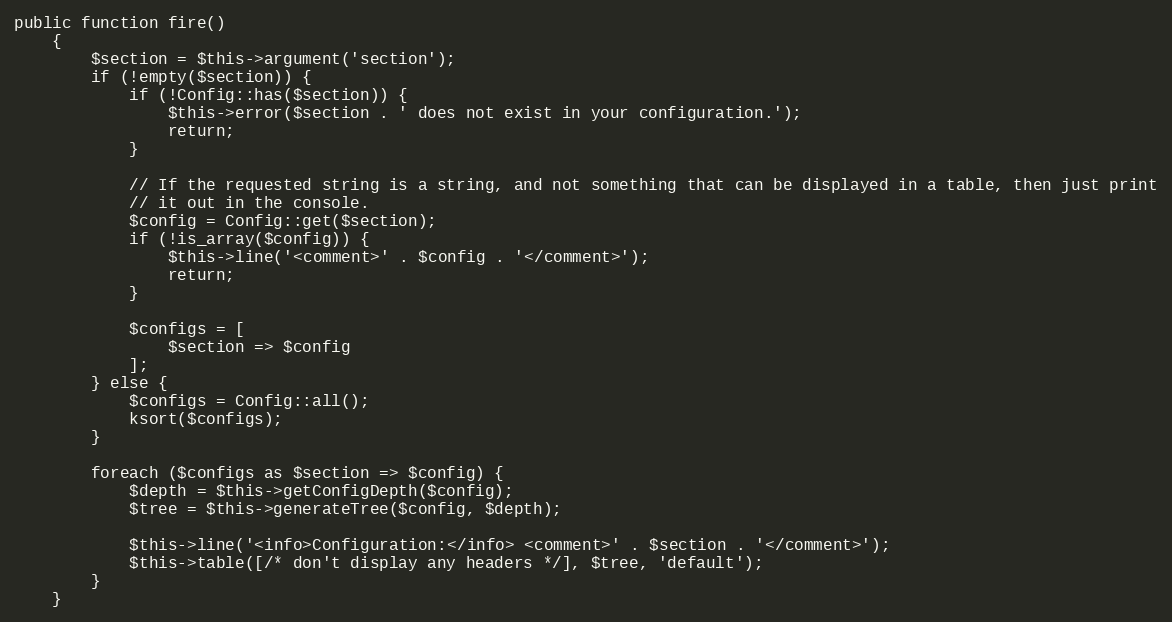
Language: PHP
public function fire()
    {
        $section = $this->argument('section');
        if (!empty($section)) {
            if (!Config::has($section)) {
                $this->error($section . ' does not exist in your configuration.');
                return;
            }

            // If the requested string is a string, and not something that can be displayed in a table, then just print
            // it out in the console.
            $config = Config::get($section);
            if (!is_array($config)) {
                $this->line('<comment>' . $config . '</comment>');
                return;
            }

            $configs = [
                $section => $config
            ];
        } else {
            $configs = Config::all();
            ksort($configs);
        }

        foreach ($configs as $section => $config) {
            $depth = $this->getConfigDepth($config);
            $tree = $this->generateTree($config, $depth);

            $this->line('<info>Configuration:</info> <comment>' . $section . '</comment>');
            $this->table([/* don't display any headers */], $tree, 'default');
        }
    }